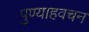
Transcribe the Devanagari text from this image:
पुण्याहवचन